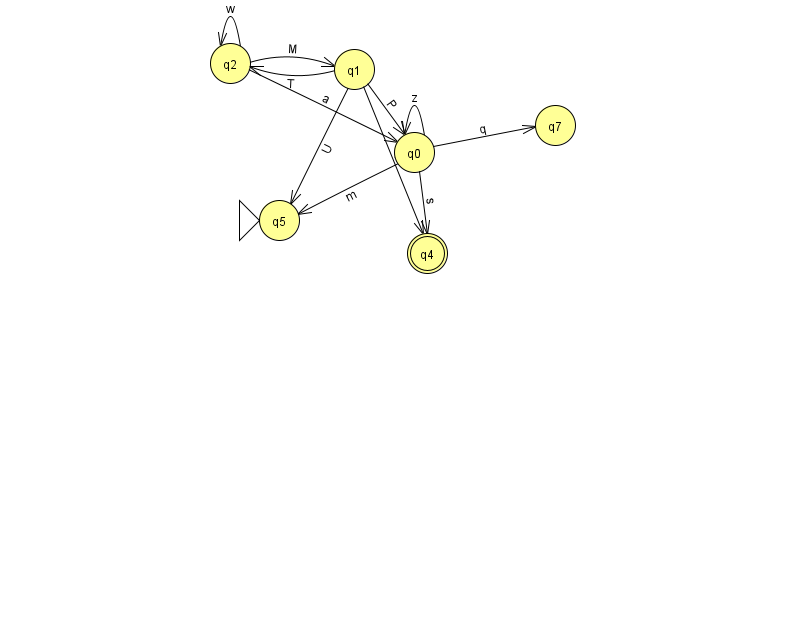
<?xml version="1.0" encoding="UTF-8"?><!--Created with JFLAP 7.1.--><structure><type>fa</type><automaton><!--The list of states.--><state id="0" name="q0"><x>414.0</x><y>139.0</y></state><state id="1" name="q1"><x>354.0</x><y>56.0</y></state><state id="2" name="q2"><x>230.0</x><y>50.0</y></state><state id="4" name="q4"><x>427.0</x><y>240.0</y><final/></state><state id="5" name="q5"><x>279.0</x><y>207.0</y><initial/></state><state id="7" name="q7"><x>555.0</x><y>112.0</y></state><!--The list of transitions.--><transition><from>2</from><to>1</to><read>M</read></transition><transition><from>0</from><to>4</to><read>s</read></transition><transition><from>0</from><to>5</to><read>m</read></transition><transition><from>1</from><to>0</to><read>P</read></transition><transition><from>2</from><to>2</to><read>w</read></transition><transition><from>0</from><to>7</to><read>q</read></transition><transition><from>2</from><to>0</to><read>a</read></transition><transition><from>1</from><to>4</to><read>h</read></transition><transition><from>0</from><to>0</to><read>z</read></transition><transition><from>1</from><to>2</to><read>T</read></transition><transition><from>1</from><to>5</to><read>U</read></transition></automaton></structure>